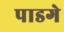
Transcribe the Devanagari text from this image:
पाडगे